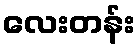
လေးတန်း